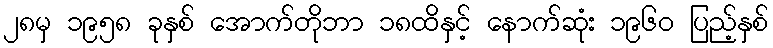
၂၈မှ ၁၉၅၈ ခုနှစ် အောက်တိုဘာ ၁၈ထိနှင့် နောက်ဆုံး ၁၉၆၀ ပြည့်နှစ်